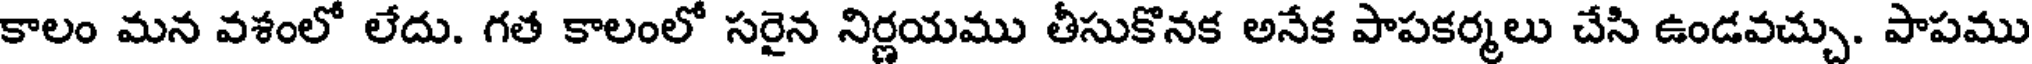
కాలం మన వశంలో లేదు. గత కాలంలో సరైన నిర్ణయము తీసుకొనక అనేక పాపకర్మలు చేసి ఉండవచ్చు. పాపము